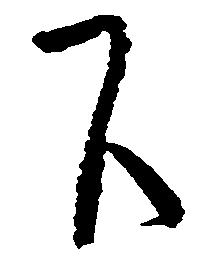
下